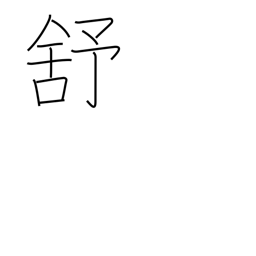
Meaning: relax